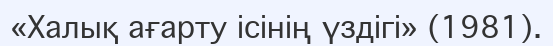
«Халық ағарту ісінің үздігі» (1981).